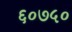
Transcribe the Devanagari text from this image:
६०७५०